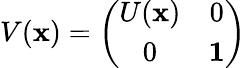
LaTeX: V({\mathbf x})=\left(\begin{array}{cc}{{U({\mathbf x})}}&{{0}}\\ {{0}}&{{{\mathbf 1}}}\end{array}\right)